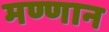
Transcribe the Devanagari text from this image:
मण्णान